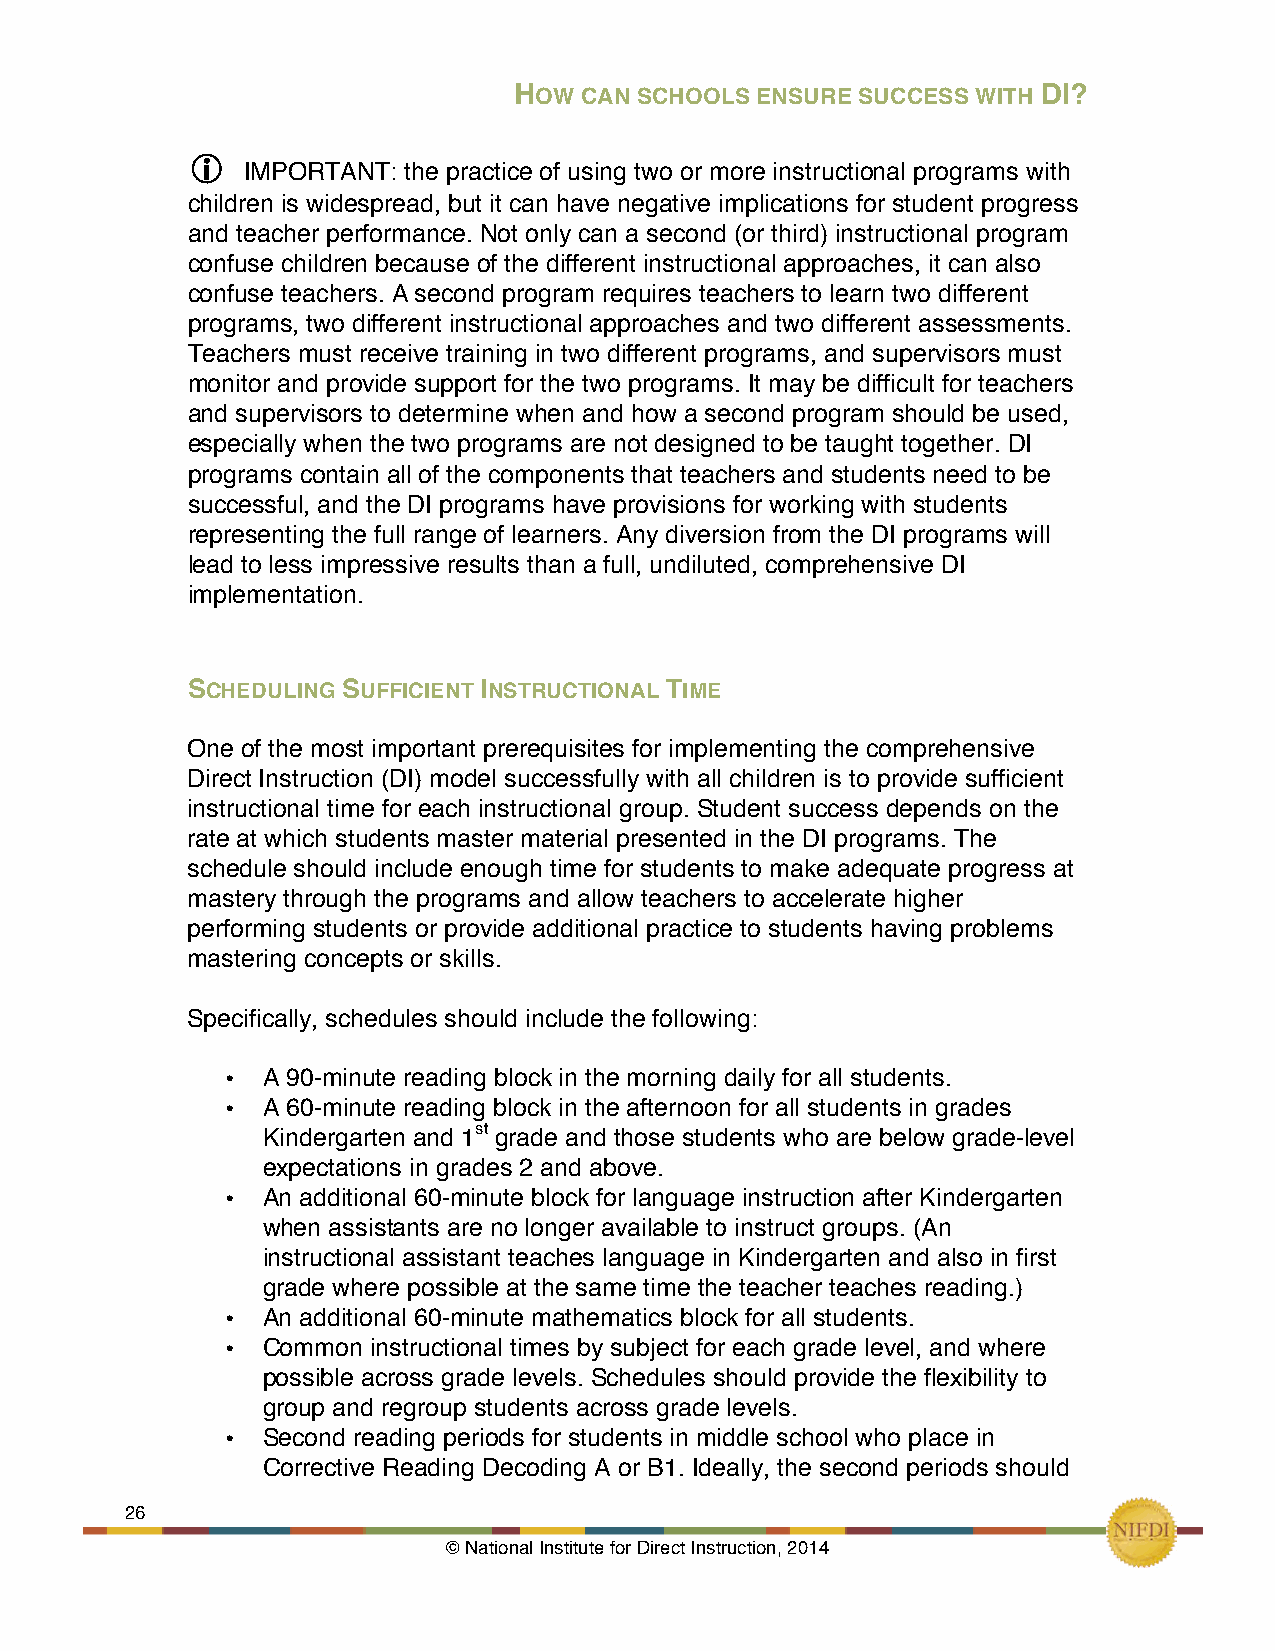
HOW CAN SCHOOLS ENSURE SUCCESS WITH DI?
 !
 
 IMPORTANT: the practice of using two or more instructional programs with
 children is widespread, but it can have negative implications for student progress
 and teacher performance. Not only can a second (or third) instructional program
 confuse children because of the different instructional approaches, it can also
 confuse teachers. A second program requires teachers to learn two different
 programs, two different instructional approaches and two different assessments.
 Teachers must receive training in two different programs, and supervisors must
 monitor and provide support for the two programs. It may be difficult for teachers
 and supervisors to determine when and how a second program should be used,
 especially when the two programs are not designed to be taught together. DI
 programs contain all of the components that teachers and students need to be
 successful, and the DI programs have provisions for working with students
 representing the full range of learners. Any diversion from the DI programs will
 lead to less impressive results than a full, undiluted, comprehensive DI
 implementation.
 SCHEDULING SUFFICIENT INSTRUCTIONAL TIME
 One of the most important prerequisites for implementing the comprehensive
 Direct Instruction (DI) model successfully with all children is to provide sufficient
 instructional time for each instructional group. Student success depends on the
 rate at which students master material presented in the DI programs. The
 schedule should include enough time for students to make adequate progress at
 mastery through the programs and allow teachers to accelerate higher
 performing students or provide additional practice to students having problems
 mastering concepts or skills.
 Specifically, schedules should include the following:
 • A 90-minute reading block in the morning daily for all students.
 • A 60-minute reading block in the afternoon for all students in grades
 Kindergarten and 1st grade and those students who are below grade-level
 expectations in grades 2 and above.
 • An additional 60-minute block for language instruction after Kindergarten
 when assistants are no longer available to instruct groups. (An
 instructional assistant teaches language in Kindergarten and also in first
 grade where possible at the same time the teacher teaches reading.)
 • An additional 60-minute mathematics block for all students.
 • Common  instructional times by subject for each grade level, and where
 possible across grade levels. Schedules should provide the flexibility to
 group and regroup students across grade levels.
 • Second reading periods for students in middle school who place in
 Corrective Reading Decoding A or B1. Ideally, the second periods should
 26     !
 © National Institute for Direct Instruction, 2014!